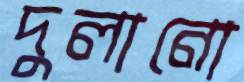
দুলানো